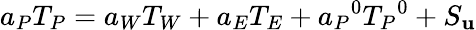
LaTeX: a_{P}T_{P}=a_{W}T_{W}+a_{E}T_{E}+{a_{P}}^{0}{T_{P}}^{0}+S_{\mathbf{u}}